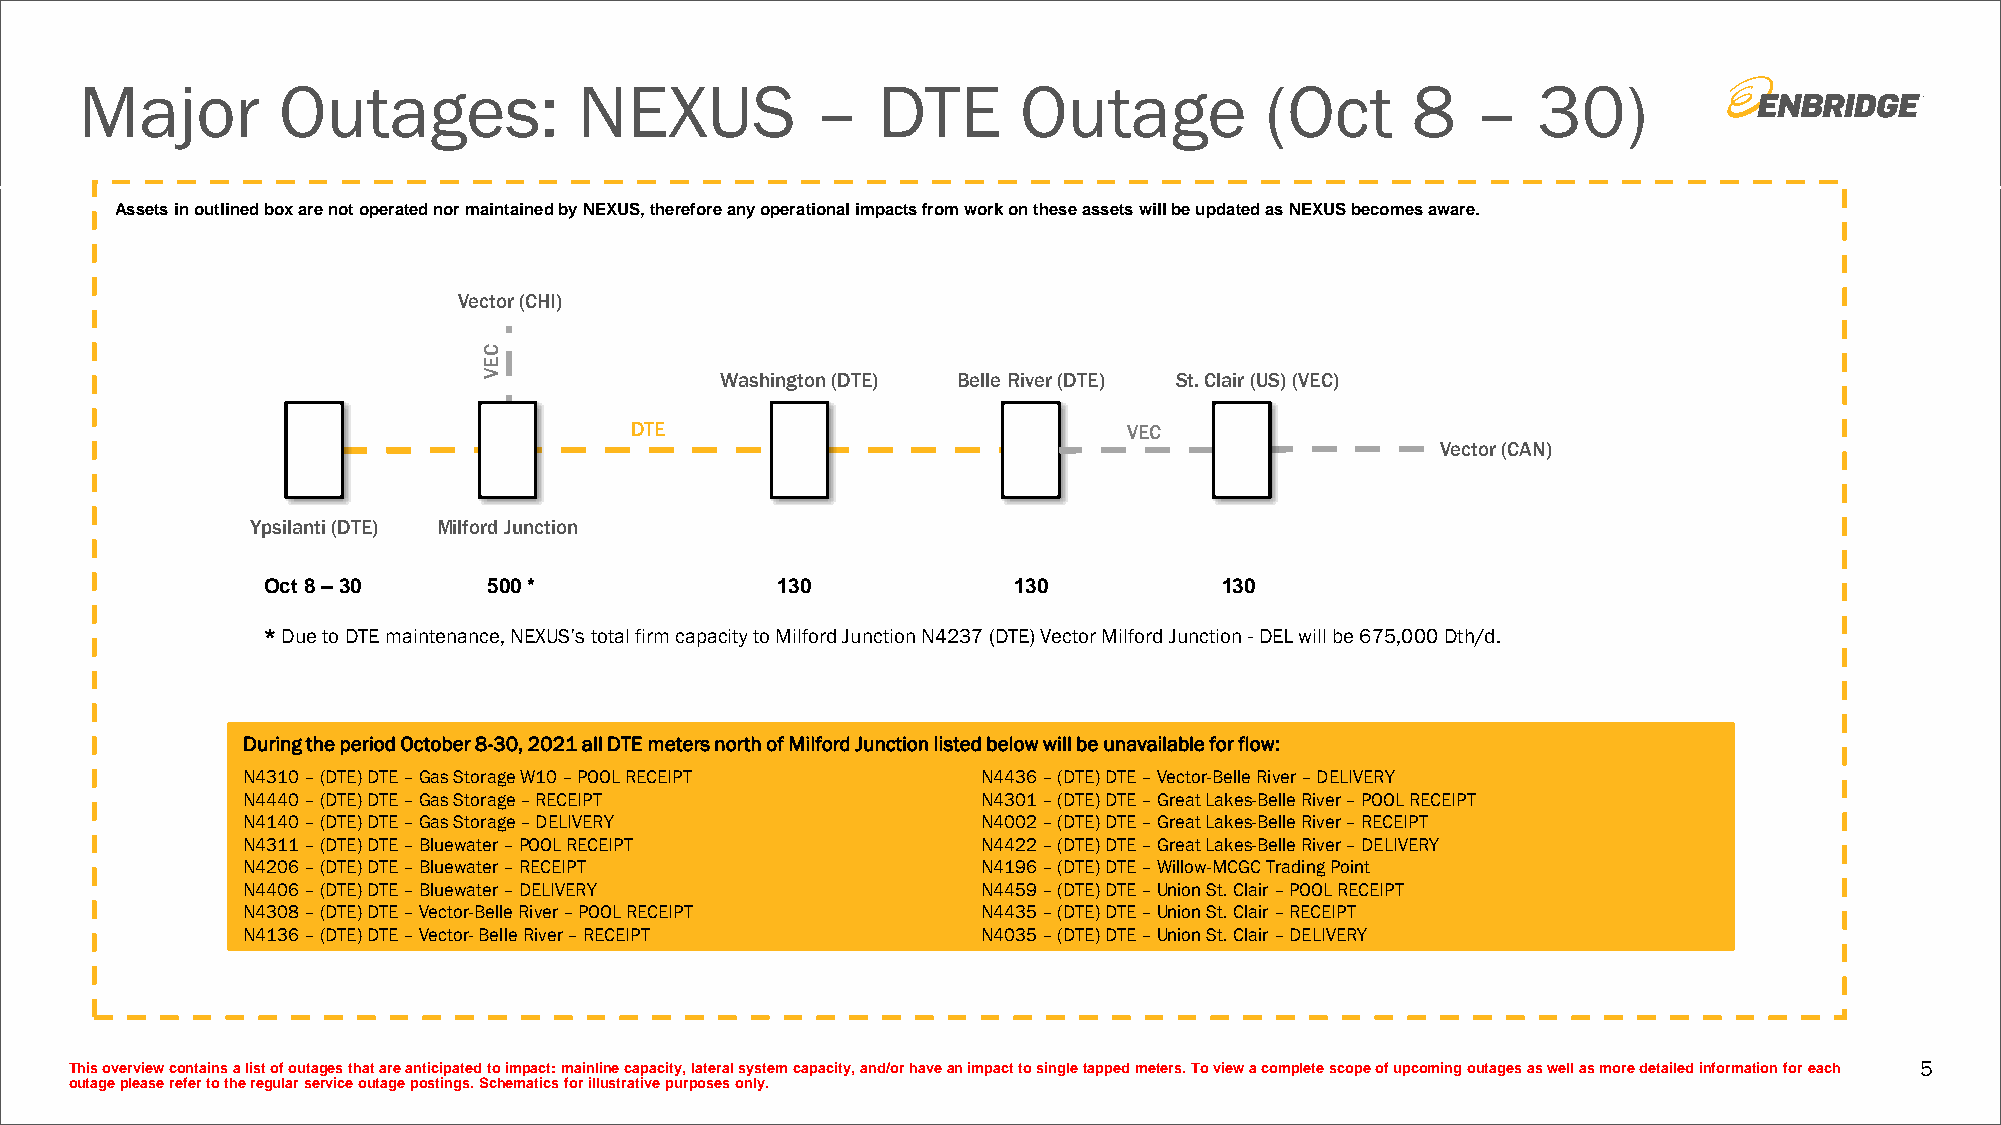
Major        Outages:            NEXUS           –   DTE       Outage          (Oct     8    –   30)
 Assets in outlined box are not operated nor maintained by NEXUS, therefore any operational impacts from work on these assets will be updated as NEXUS becomes aware.
 Vector (CHI)
 C
 E
 V               Washington (DTE) Belle River (DTE) St. Clair (US) (VEC)
 DTE                              VEC
 Vector (CAN)
 Ypsilanti (DTE) Milford Junction
 Oct 8 –30      500 *              130             130           130
 * Due to DTE maintenance, NEXUS’s total firm capacity to Milford Junction N4237 (DTE) Vector Milford Junction -DEL will be 675,000 Dth/d.
 During the period October 8-30, 2021 all DTE meters north of Milford Junction listed below will be unavailable for flow:
 N4310 –(DTE) DTE –Gas Storage W10 –POOL RECEIPT  N4436 –(DTE) DTE –Vector-Belle River –DELIVERY
 N4440 –(DTE) DTE –Gas Storage –RECEIPT           N4301 –(DTE) DTE –Great Lakes-Belle River –POOL RECEIPT
 N4140 –(DTE) DTE –Gas Storage –DELIVERY          N4002 –(DTE) DTE –Great Lakes-Belle River –RECEIPT
 N4311 –(DTE) DTE –Bluewater –POOL RECEIPT        N4422 –(DTE) DTE –Great Lakes-Belle River –DELIVERY
 N4206 –(DTE) DTE –Bluewater –RECEIPT             N4196 –(DTE) DTE –Willow-MCGC Trading Point
 N4406 –(DTE) DTE –Bluewater –DELIVERY            N4459 –(DTE) DTE –Union St. Clair –POOL RECEIPT
 N4308 –(DTE) DTE –Vector-Belle River –POOL RECEIPT N4435 –(DTE) DTE –Union St. Clair –RECEIPT
 N4136 –(DTE) DTE –Vector-Belle River –RECEIPT    N4035 –(DTE) DTE –Union St. Clair –DELIVERY
 This overview contains a list of outages that are anticipated to impact: mainline capacity, lateral system capacity, and/or havean impact to single tapped meters. To view a complete scope of upcoming outages as well as more detailed information for each 5
 outage please refer to the regular service outage postings. Schematics for illustrative purposes only.